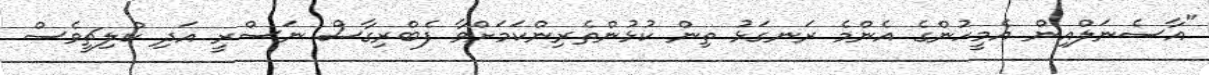
"އާސެނަލްއިން އެމީހުންގެ އެންމެ ރަނގަޅު ތިން ކުޅުންތެރިންކަމަށްވާ ފެބްރިގާސް ނަސްރީ އަދި ކްލިޗީވެސް